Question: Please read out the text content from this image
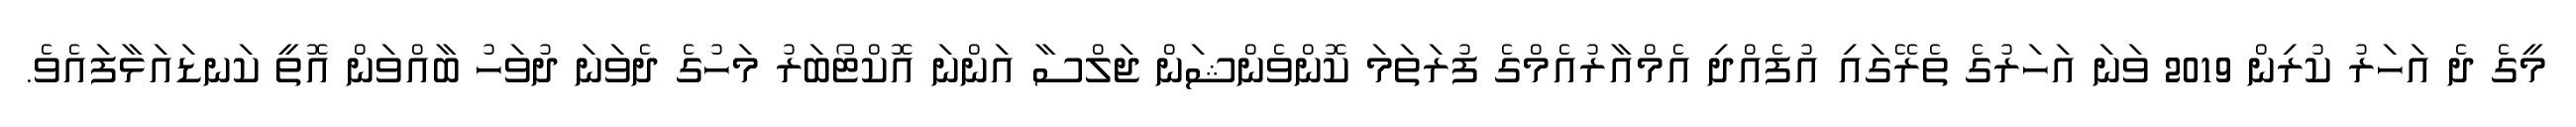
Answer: މީގެ ދެ އަހަރު ކުރިން 2019 ވަނަ އަހަރުގެ ތެރޭގައި އުފެއްދި އެމްއާރުއެމްގެ ފުރަތަމަ ކޮންވެންޝަން ޖަލްސާ އަންނަ އޮކްޓޯބަރު މަހުގެ ދެވަނަ ދުވަހު ބާއްވަން އޮތީ ކަނޑައަޅާފައެވެ.